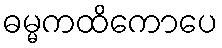
ဓမ္မကထိကောပေ